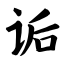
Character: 诟